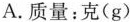
A.质量：克(g)